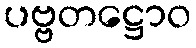
ပဗ္ဗတဋ္ဌောဝ